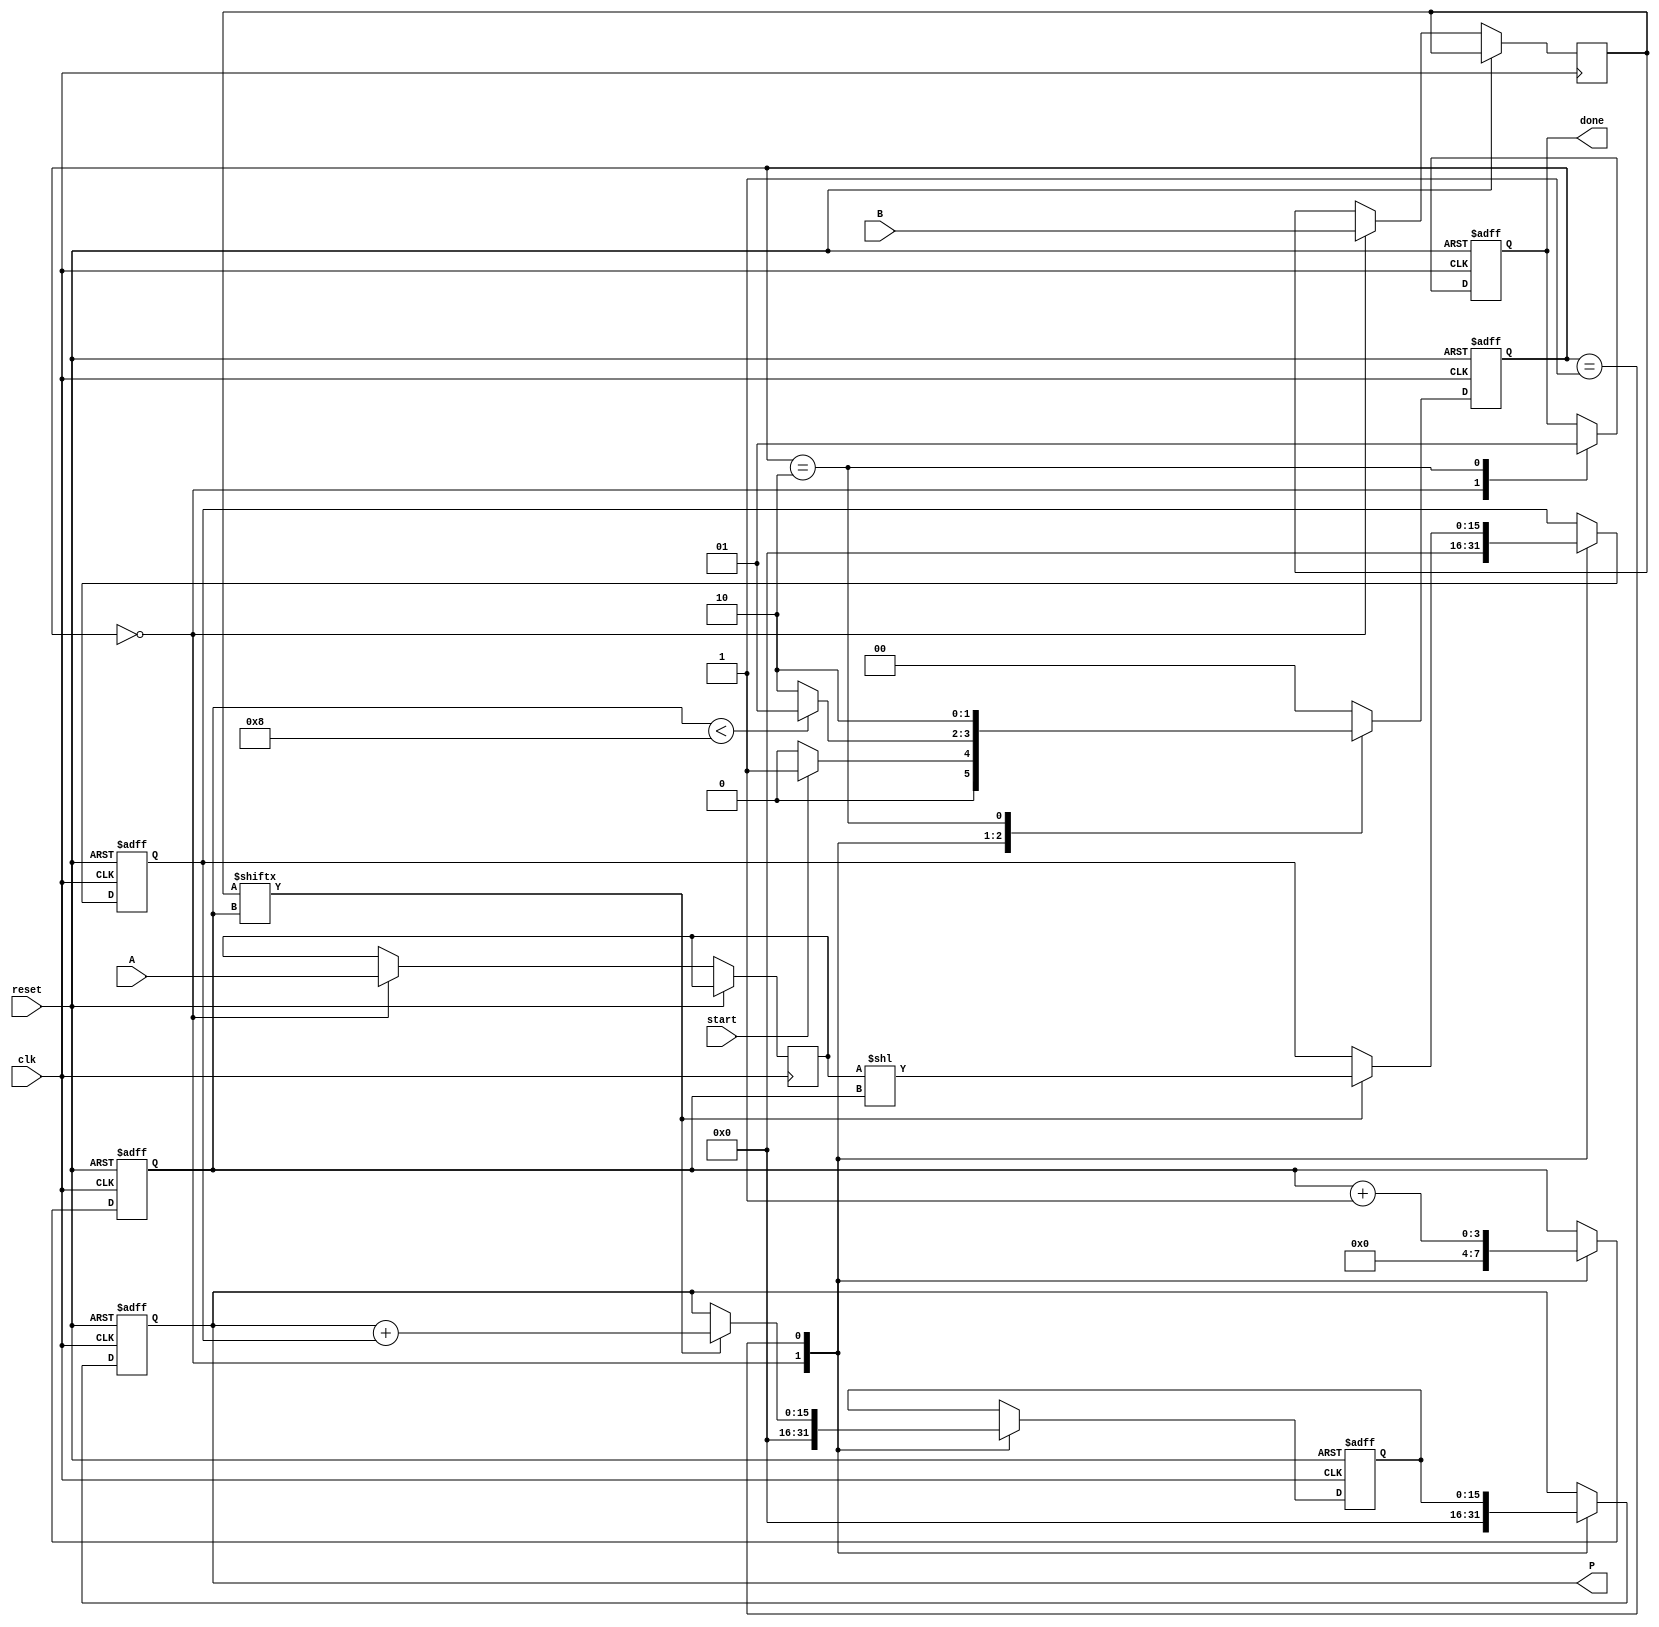
module radix2_multiplier #(parameter N = 8) (
    input wire [N-1:0] A,        // Multiplicand
    input wire [N-1:0] B,        // Multiplier
    input wire start,             // Control signal to start multiplication
    input wire clk,               // Clock signal
    input wire reset,             // Reset signal
    output reg [2*N-1:0] P,       // Product output
    output reg done               // Done signal
);

    reg [N-1:0] multiplicand;
    reg [N-1:0] multiplier;
    reg [2*N-1:0] partial_product;
    reg [3:0] count;              // Counter for the number of bits processed
    reg [2*N-1:0] sum;            // Accumulator for the sum

    // State definitions
    localparam IDLE = 2'b00,
               SHIFT_ADD = 2'b01,
               DONE = 2'b10;

    reg [1:0] state, next_state;

    // State transition
    always @(posedge clk or posedge reset) begin
        if (reset) begin
            state <= IDLE;
        end else begin
            state <= next_state;
        end
    end

    // Next state logic
    always @(*) begin
        case (state)
            IDLE: begin
                if (start) begin
                    next_state = SHIFT_ADD;
                end else begin
                    next_state = IDLE;
                end
            end
            SHIFT_ADD: begin
                if (count < N) begin
                    next_state = SHIFT_ADD;
                end else begin
                    next_state = DONE;
                end
            end
            DONE: begin
                next_state = DONE; // Stay in DONE state
            end
            default: next_state = IDLE;
        endcase
    end

    // Control logic and multiplication process
    always @(posedge clk or posedge reset) begin
        if (reset) begin
            P <= 0;
            count <= 0;
            done <= 0;
            partial_product <= 0;
            sum <= 0;
        end else begin
            case (state)
                IDLE: begin
                    // Initialize values
                    multiplicand <= A;
                    multiplier <= B;
                    P <= 0;
                    count <= 0;
                    done <= 0;
                    partial_product <= 0;
                    sum <= 0;
                end
                SHIFT_ADD: begin
                    // Generate partial product and add to sum
                    if (multiplier[count]) begin
                        partial_product <= multiplicand << count; // Shift A by count
                        sum <= P + partial_product; // Add to current product
                    end else begin
                        sum <= P; // No addition if multiplier bit is 0
                    end
                    P <= sum; // Update product
                    count <= count + 1; // Increment count
                end
                DONE: begin
                    done <= 1; // Set done signal
                end
            endcase
        end
    end

endmodule